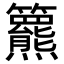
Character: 𥷾